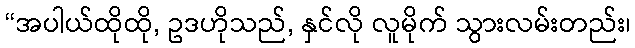
“အပါယ်ထိုထို, ဥဒဟိုသည်, နှင်လို လူမိုက် သွားလမ်းတည်း၊